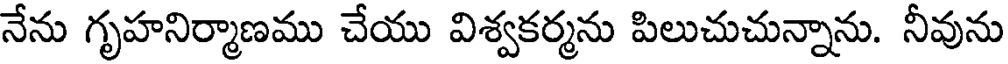
నేను గృహనిర్మాణము చేయు విశ్వకర్మను పిలుచుచున్నాను. నీవును